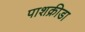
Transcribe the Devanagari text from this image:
पाशक्रीडा